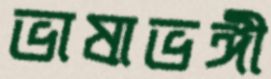
ভাষাভঙ্গী